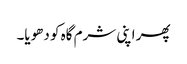
پھر اپنی شرم گاہ کو دھویا۔